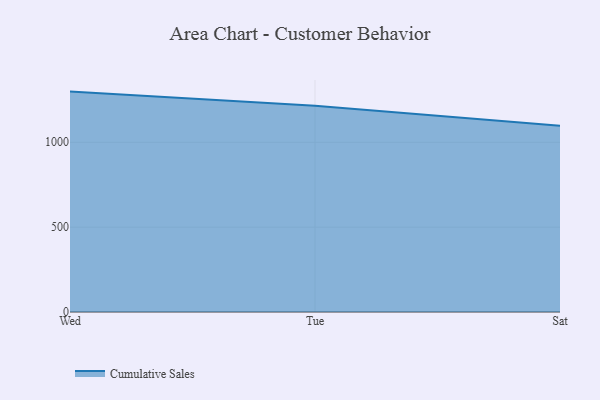
{"axis": {"x": "Day", "y": "LTV (USD)"}, "legend": ["Cumulative Sales"], "data": [{"x": "Wed", "y": 1298.5, "type": "Cumulative Sales"}, {"x": "Tue", "y": 1214.9, "type": "Cumulative Sales"}, {"x": "Sat", "y": 1096.9, "type": "Cumulative Sales"}]}